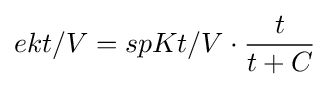
ekt/V=spKt/V\cdot {\frac {t}{t+C}}